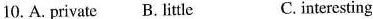
10. A. Private B. Little C. interesting